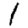
Digit: 1